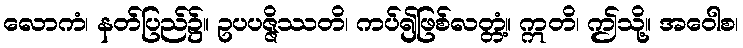
လောကံ၊ နတ်ပြည်၌။ ဥပပဇ္ဇိဿတိ၊ ကပ်၍ဖြစ်လတ္တံ့။ ဣတိ၊ ဤသို့။ အဝေါစ၊